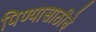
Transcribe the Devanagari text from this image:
पिण्यासाठीचे